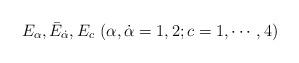
LaTeX: \begin{align*}E_{\alpha}, {\bar E}_{\dot \alpha}, E_{c}\ (\alpha,\dot \alpha=1,2;c=1,\cdots,4)\end{align*}